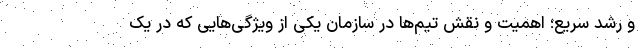
و رشد سریع؛ اهمیت و نقش تیم‌ها در سازمان یکی از ویژگی‌هایی که در یک